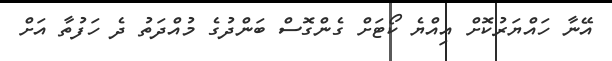
އޭނާ ހައްޔަރުކޮށް އިއްޔެ ކޯޓަށް ގެންގޮސް ބަންދުގެ މުއްދަތު ދެ ހަފުތާ އަށް